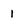
Character: i